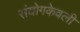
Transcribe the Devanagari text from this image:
संयोगकेवली